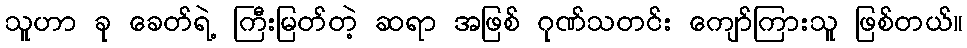
သူဟာ ခု ခေတ်ရဲ့ ကြီးမြတ်တဲ့ ဆရာ အဖြစ် ဂုဏ်သတင်း ကျော်ကြားသူ ဖြစ်တယ်။